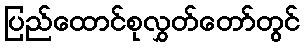
ပြည်ထောင်စုလွှတ်တော်တွင်